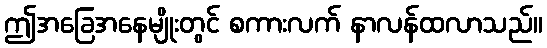
ဤအခြေအနေမျိုးတွင် စကားလက် နာလန်ထလာသည်။